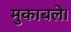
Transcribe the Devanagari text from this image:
मुकाबले।